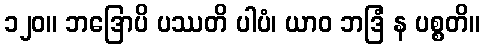
၁၂၀။ ဘဒြောပိ ပဿတိ ပါပံ၊ ယာဝ ဘဒြံ န ပစ္စတိ။